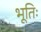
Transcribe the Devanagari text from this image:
भूतिः